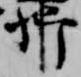
卿